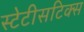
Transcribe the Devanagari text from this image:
स्टेटीसटिक्स